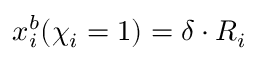
x _ { i } ^ { b } ( { \chi } _ { i } = 1 ) = \delta \cdot R _ { i }